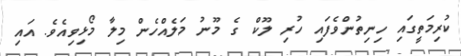
ކުރިމަތީގައި ހިނިތުންވެފައި ހުރި ލޫކް ގެ މޫނު މަލެއްހެން މިލާ މޯޅިވިއެވެ. އައި